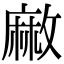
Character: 䵇